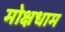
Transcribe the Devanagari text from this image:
मोक्षधाम